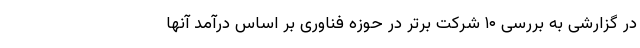
در گزارشی به بررسی ۱۰ شرکت برتر در حوزه فناوری بر اساس درآمد آنها